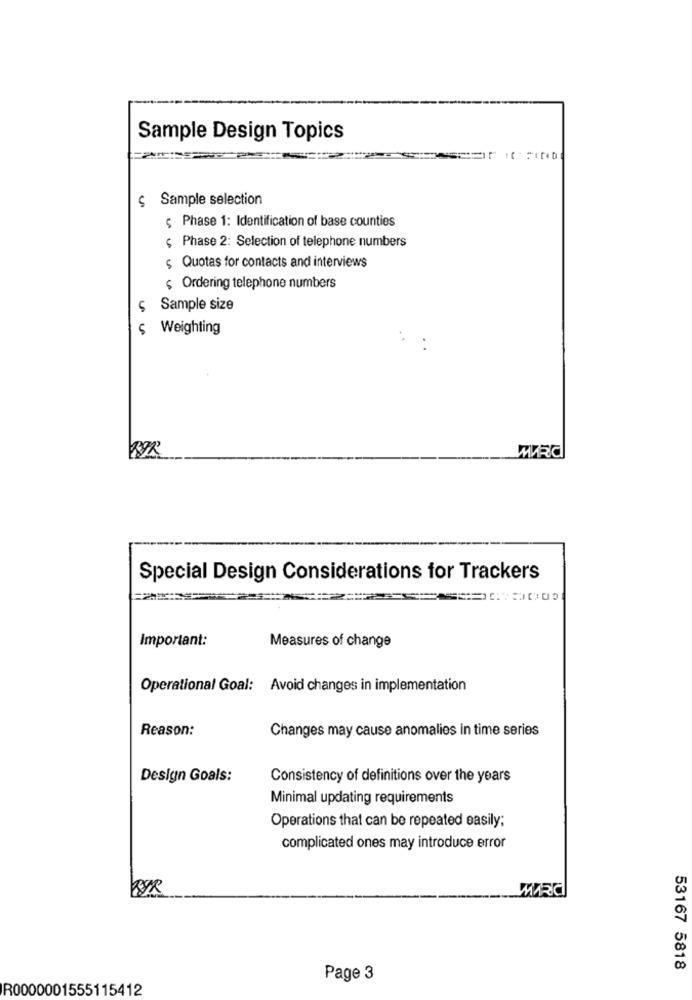
Sample Design Topics
$ Sample selection
ç Phase 1: Identification of base counties
$ Phase 2: Selection of telephone numbers
$ Quotas for contacts and interviews
$ Ordering telephone numbers
U
Sample size
$ Weighting
Special Design Considerations for Trackers
Important:
Measures of change
Operational Goal: Avoid changes in implementation
Reason:
Changes may cause anomalies in time series
Design Goals:
Consistency of definitions over the years
Minimal updating requirements
Operations that can be repeated easily;
complicated ones may introduce error
53167 5818
Page 3
R0000001555115412